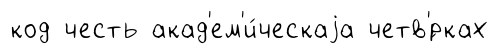
код честь акад'ем'и́ческаjа четв'́рках